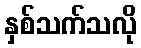
နှစ်သက်သလို